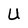
Character: U